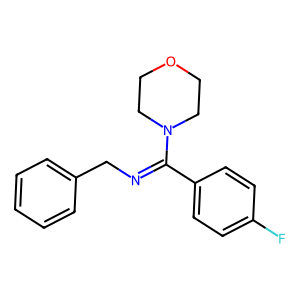
SMILES: Fc1ccc(C(=NCc2ccccc2)N2CCOCC2)cc1
Inhibits HIV replication: No